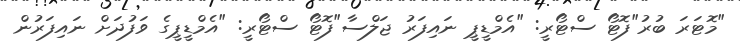
"މޮޓަރަ ބުރު"ފޮޓޯ ސްޓޯރީ: "އެމްޑީޕީ ނައިފަރު ޖަލްސާ"ފޮޓޯ ސްޓޯރީ: "އެމްޑީޕީގެ ވަފުދަށް ނައިފަރުން